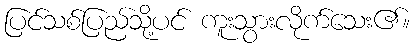
ပြင်သစ်ပြည်သို့ပင် ကူးသွားလိုက်သေး၏။